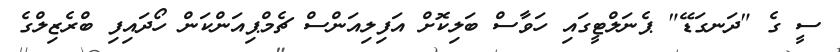
ސީ ގެ "ދަނގަޑޭ" ޕެނަލްޓީގައި ހަވާސް ބަލިކޮށް އަފިލިއަންސް ޗެމްޕިއަންކަން ހޯދައިފި ބްރެޒިލްގެ